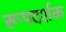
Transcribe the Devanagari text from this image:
रूपदर्शक